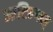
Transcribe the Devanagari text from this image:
आटिन्गल्